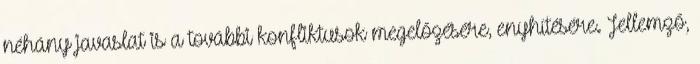
néhány javaslat is a további konfliktusok megelőzésére, enyhítésére. Jellemző,